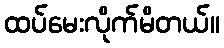
ထပ်မေးလိုက်မိတယ်။